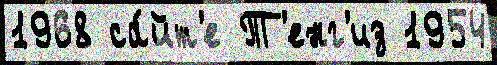
1968 са́йт'е Т'енг'из 1954